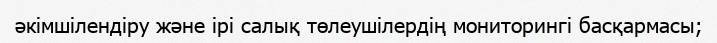
әкімшілендіру және ірі салық төлеушілердің мониторингі басқармасы;